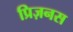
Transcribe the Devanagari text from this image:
प्रिज़नस